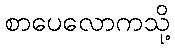
စာပေလောကသို့